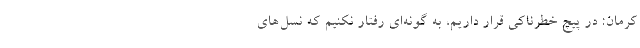
کرمان: در پیچ خطرناکی قرار داریم، به گونه‌ای رفتار نکنیم که نسل‌های